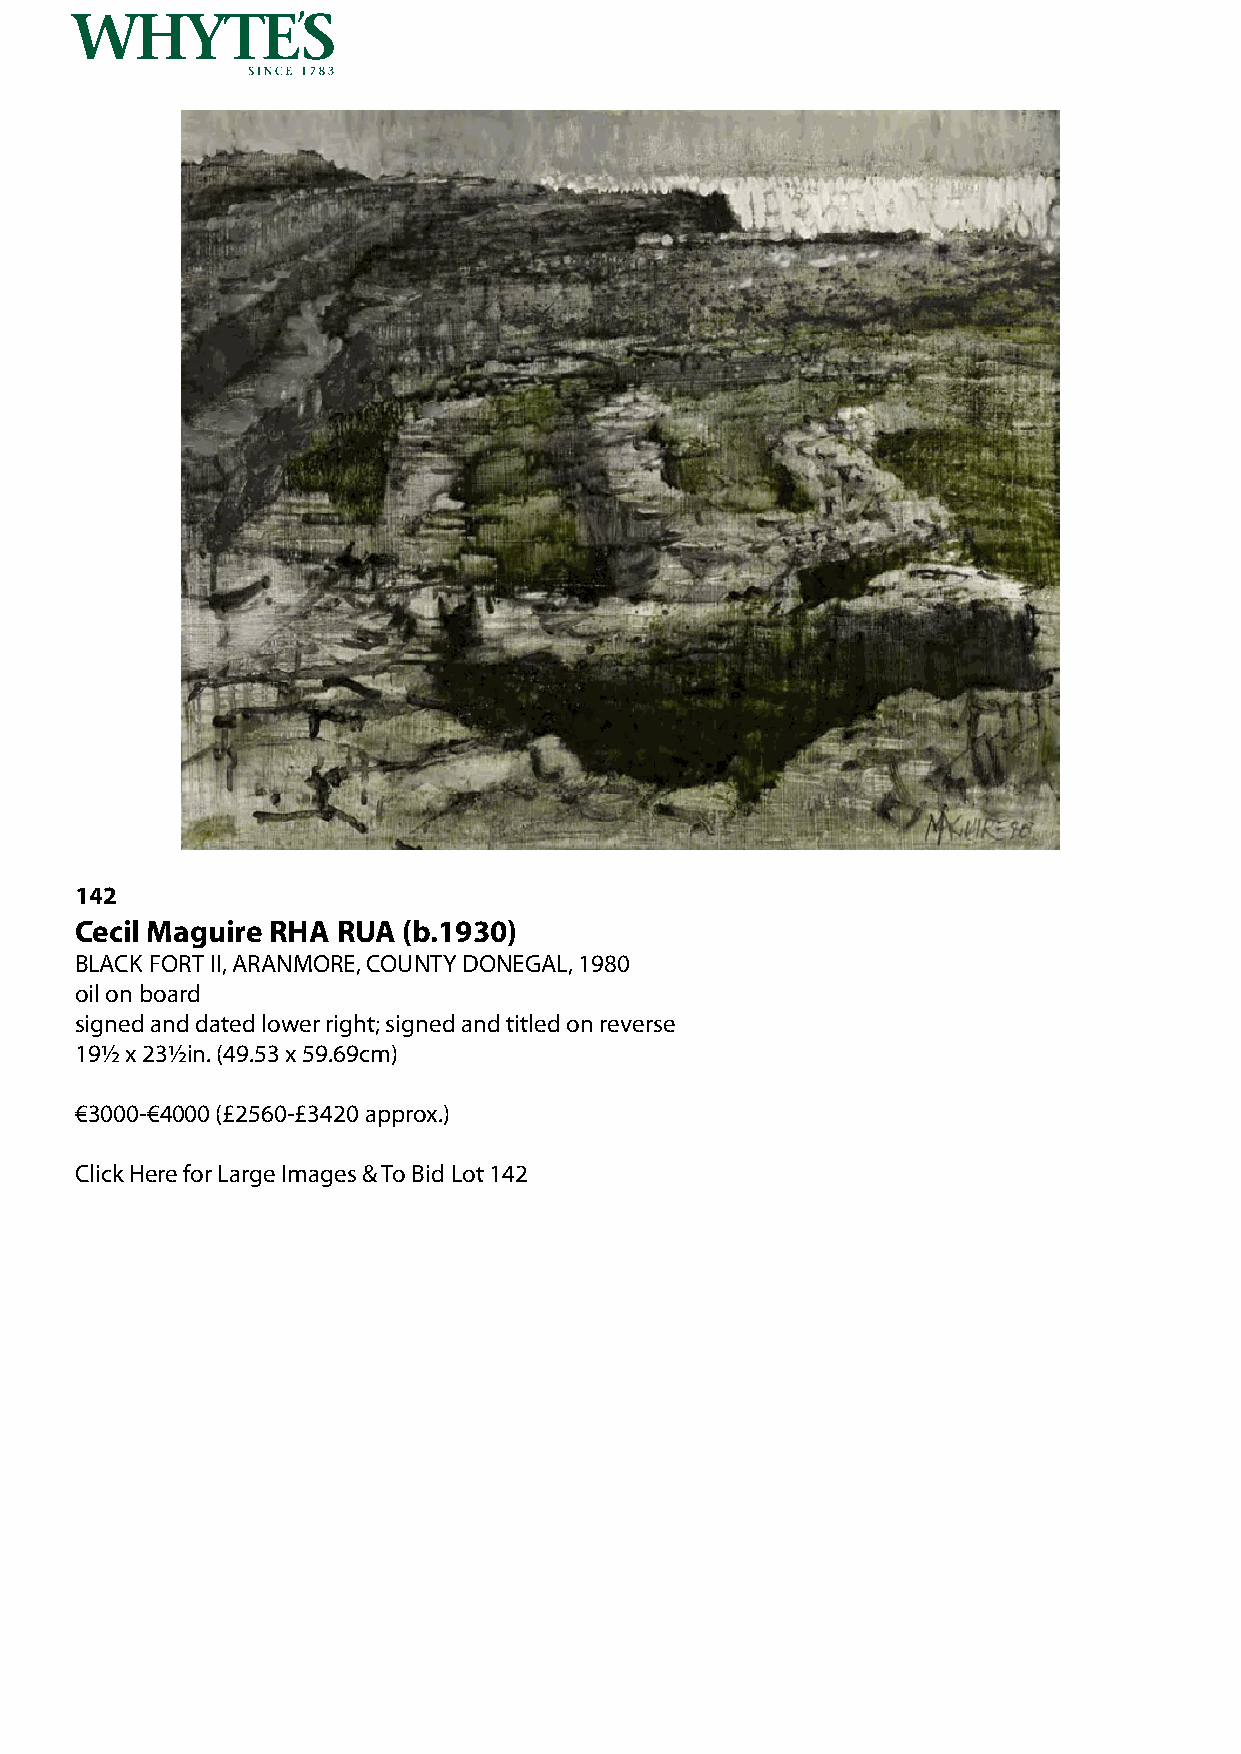
142
 Cecil Maguire RHA RUA (b.1930)
 BLACK FORT II, ARANMORE, COUNTY DONEGAL, 1980
 oil on board
 signed and dated lower right; signed and titled on reverse
 19½ x 23½in. (49.53 x 59.69cm)
 €3000-€4000 (£2560-£3420 approx.)
 Click Here for Large Images & To Bid Lot 142